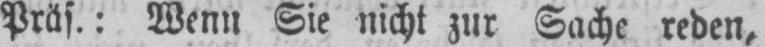
Präs.: Wenn Sie nicht zur Sache reden,